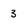
Character: 3